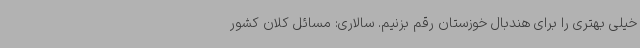
خیلی بهتری را برای هندبال خوزستان رقم بزنیم. سالاری: مسائل کلان کشور